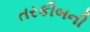
તરકીબની